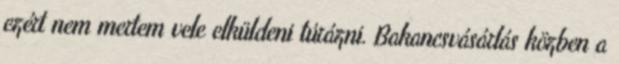
ezért nem mertem vele elküldeni túrázni. Bakancsvásárlás közben a